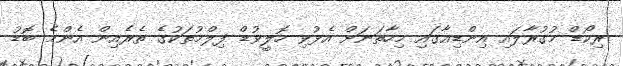
ރިކޯޑް މުގުރާލައި އިންޑިއާގައި މިހާތަނަށް އެޅުވި ހޮލީވުޑް ފިލްމުތަކުގެ ތެރެއިން އެންމެ ބޮޑު